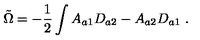
\tilde { \Omega } = - \frac { 1 } { 2 } \int A _ { a 1 } D _ { a 2 } - A _ { a 2 } D _ { a 1 } \ .